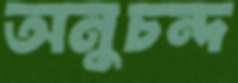
অনুচন্দ